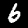
Label: 6